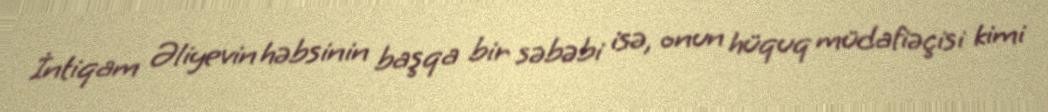
İntiqam Əliyevin həbsinin başqa bir səbəbi isə, onun hüquq müdafiəçisi kimi